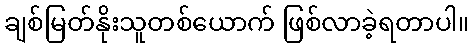
ချစ်မြတ်နိုးသူတစ်ယောက် ဖြစ်လာခဲ့ရတာပါ။